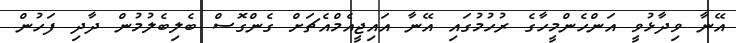
އޭނާ ވިދާޅުވީ އަންހެންމީހާގެ ރުހުމުގައި އޭނާ އައިޖީއެމްއެޗަށް ގެންގޮސް ބެލިބެލުމުން ދާދި ފަހުން